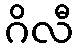
ဂိလီ